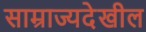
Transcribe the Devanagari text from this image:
साम्राज्यदेखील